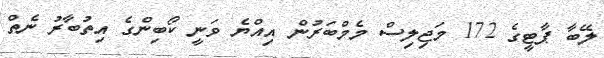
ލޭބާ ޕާޓީގެ 172 މަޖިލިސް މެމްބަރުން އިއްޔެ ވަނީ ކޯބިންގެ އިތުބާރު ނެތް